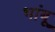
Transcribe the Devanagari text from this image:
भांबू